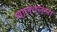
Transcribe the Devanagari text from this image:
घालवलेला